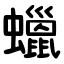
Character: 蠟